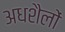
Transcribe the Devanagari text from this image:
अधशैलों